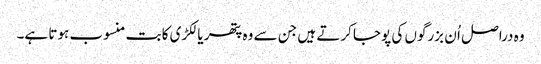
وہ دراصل اُ ن بزرگوں کی پوجا کرتے ہیں جن سے وہ پتھر یا لکڑی کا بت منسوب ہوتا ہے۔